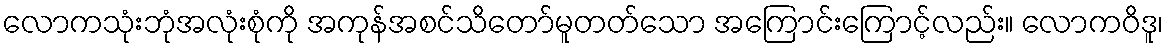
လောကသုံးဘုံအလုံးစုံကို အကုန်အစင်သိတော်မူတတ်သော အကြောင်းကြောင့်လည်း။ လောကဝိဒူ၊